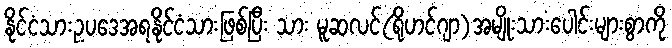
နိုင်ငံသားဥပဒေအရနိုင်ငံသားဖြစ်ပြီး သား မူဆလင်(ရိုဟင်ဂျာ)အမျိုးသားပေါင်းများစွာကို